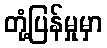
တုံ့ပြန်မှုမှာ